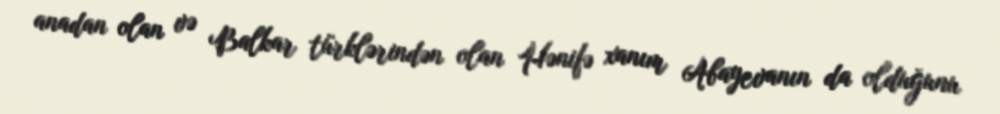
anadan olan və Balkar türklərindən olan Hənifə xanım Abayevanın da olduğunu